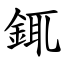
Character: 銸